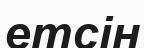
етсін